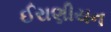
ઈરાણીયન